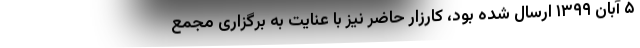
۵ آبان ۱۳۹۹ ارسال شده بود، کارزار حاضر نیز با عنایت به برگزاری مجمع